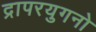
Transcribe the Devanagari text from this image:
द्रापरयुगनो